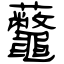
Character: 虌